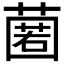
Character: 𮑆